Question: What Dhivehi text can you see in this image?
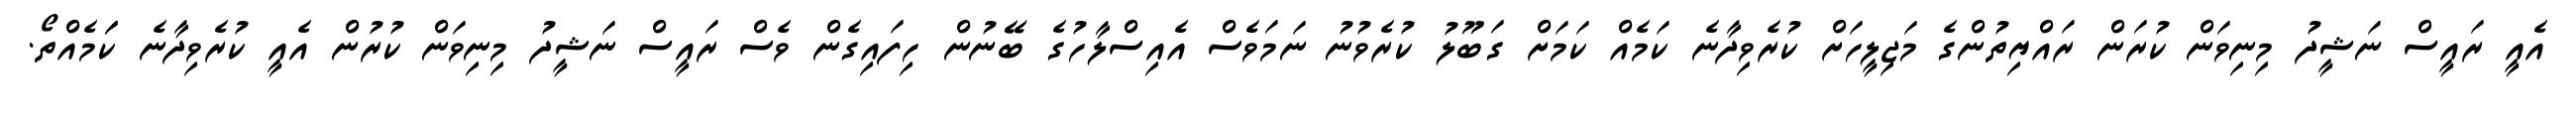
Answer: އެއީ ރައީސް ނަޝީދު މިނިވަން ކުރަން ރައްޔިތުންގެ މަޖިލީހަށް ކުރެވިދާނެ ކަމެއް ކަމަށް ގަބޫލު ކުރެވުނު ނަމަވެސް އެއިސްލާހުގެ ބޭނުން ހިފައިގެން ވެސް ރައީސް ނަޝީދު މިނިވަން ކުރުން އެއީ ކުރެވިދާނެ ކަަމެއްތޯ.